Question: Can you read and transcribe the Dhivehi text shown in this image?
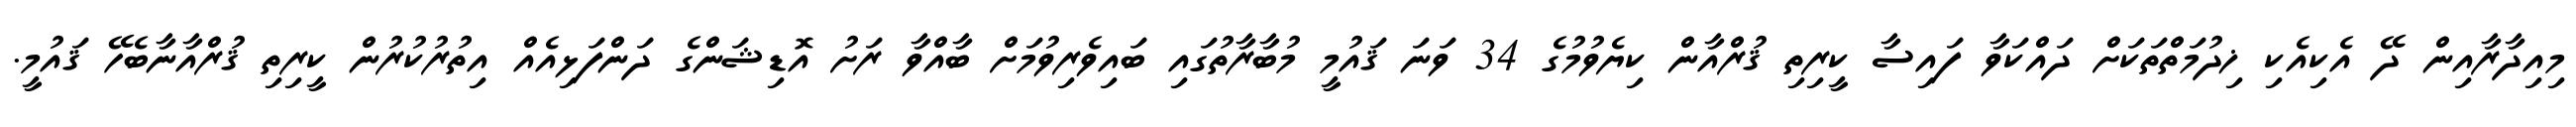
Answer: މިއިދާރާއިން ދޭ އެކިއެކި ޚިދުމަތްތަކަށް ދައްކަވާ ފައިސާ ކީރިތި ޤުރްއާން ކިޔެވުމުގެ 34 ވަނަ ޤައުމީ މުބާރާތުގައި ބައިވެރިވުމަށް ބާއްވާ ރަށު އޮޑިޝަންގެ ދަންފަޅިއެއް އިތުރުކުރުން ކީރިތި ޤުރްއާނާބެހޭ ޤައުމީ.